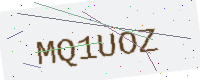
Text: MQ1UOZ